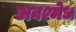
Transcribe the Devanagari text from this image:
अवश्मेध